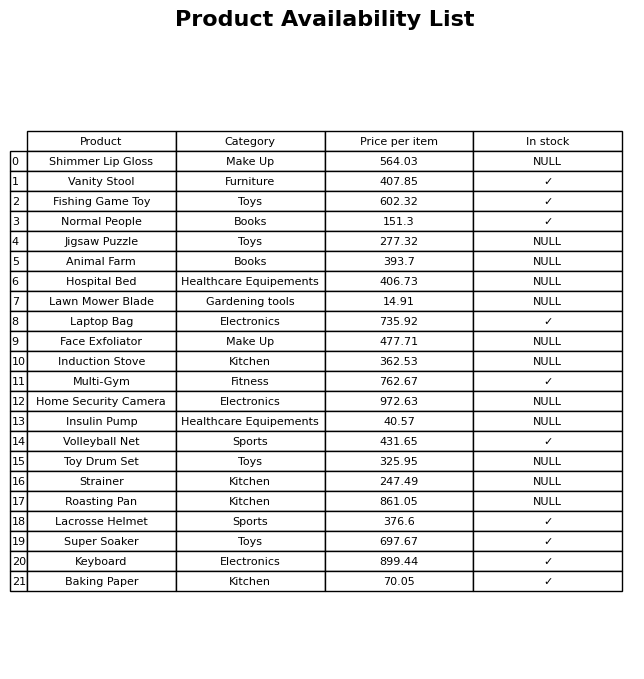
question: What is the price of the Lacrosse Helmet?
answer: The price of Lacrosse Helmet is 376.6.